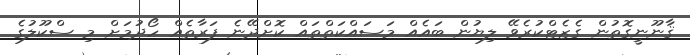
ޤާނޫނީގޮތުން ގެޒެޓްކުރެވޭ ލިޔުން ބައެއް މަސައްކަތްތައް ކޮށްދޭނެ ފަރާތެއް ހޯދުމަށް މި ސްކޫލުގެ